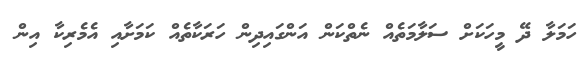
ހަމަލާ ދޭ މީހަކަށް ސަލާމަތެއް ނެތްކަން އަންގައިދިން ހަރަކާތެއް ކަމަށާއި އެމެރިކާ އިން